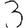
Digit: 3